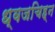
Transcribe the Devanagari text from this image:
ध्वजचिह्न